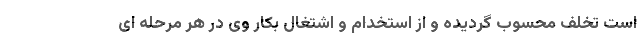
است تخلف محسوب گردیده و از استخدام و اشتغال بکار وی در هر مرحله ای